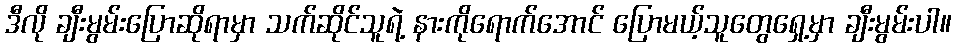
ဒီလို ချီးမွမ်းပြောဆိုရာမှာ သက်ဆိုင်သူရဲ့ နားကိုရောက်အောင် ပြောမယ့်သူတွေရှေ့မှာ ချီးမွမ်းပါ။